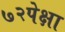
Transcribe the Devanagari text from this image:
७२पेक्षा